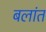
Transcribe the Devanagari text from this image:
बलांत